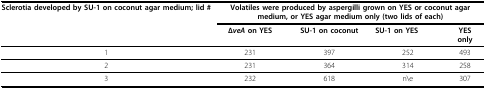
<table><thead><tr><td><b>Sclerotia developed by SU-1 on coconut agar medium; lid #</b></td><td colspan="4"><b>Volatiles were produced by aspergilli grown on YES or coconut agar medium, or YES agar medium only (two lids of each)</b></td></tr><tr><td></td><td><b>Δ<i>veA </i>on YES</b></td><td><b>SU-1 on coconut</b></td><td><b>SU-1 on YES</b></td><td><b>YESonly</b></td></tr></thead><tbody><tr><td>1</td><td>231</td><td>397</td><td>252</td><td>493</td></tr><tr><td>2</td><td>231</td><td>364</td><td>314</td><td>258</td></tr><tr><td>3</td><td>232</td><td>618</td><td>n\e</td><td>307</td></tr></tbody></table>